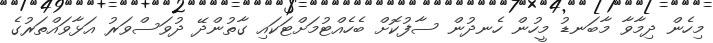
މިހެން ދިމާވާ މާބަނޑު މީހުން ހެނދުން ސާފުކޮށް ބެހެއްޓުމަށްޓަކައި ގާތުންދޭ ދުވަސްވަރު އަޅާވައްތަރުގެ